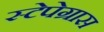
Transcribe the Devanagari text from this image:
स्टेपेग्रास